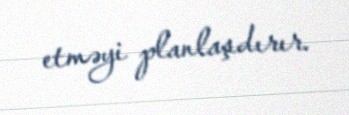
etməyi planlaşdırır.